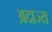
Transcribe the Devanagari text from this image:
अदाज्य